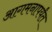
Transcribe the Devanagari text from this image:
आगमनापर्यंत